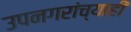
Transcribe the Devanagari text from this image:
उपनगरांच्याही